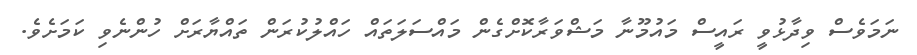
ނަމަވެސް ވިދާޅުވީ ރައީސް މައުމޫނާ މަޝްވަރާކޮށްގެން މައްސަލަތައް ހައްލުކުރަން ތައްޔާރަށް ހުންނެވި ކަމަށެވެ.